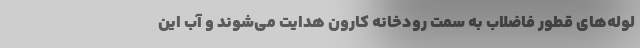
لوله‌های قطور فاضلاب به سمت رودخانه کارون هدایت می‌شوند و آب این